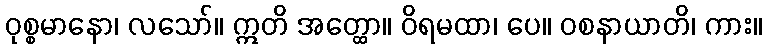
ဝုစ္စမာနော၊ လသော်။ ဣတိ အတ္ထော။ ဝိရမထာ၊ ပေ။ ဝစနာယာတိ၊ ကား။